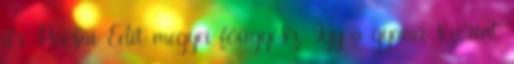
dr. Pocsai Edit megyei főügyész. Így a gyanú szerint